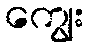
ကျွေး